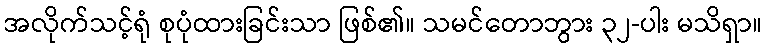
အလိုက်သင့်ရုံ စုပုံထားခြင်းသာ ဖြစ်၏။ သမင်တောဘွား ၃၂-ပါး မသိရှာ။